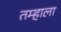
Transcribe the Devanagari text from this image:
तम्हाला